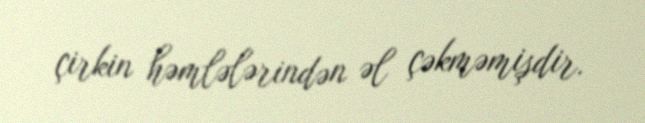
çirkin həmlələrindən əl çəkməmişdir.